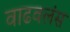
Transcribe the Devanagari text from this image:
वाढवलंस